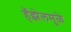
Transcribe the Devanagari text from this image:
हॅझेलमुळे